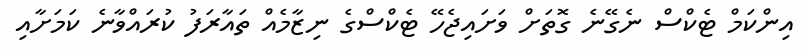
އިންކަމް ޓެކްސް ނެގޭނެ ގޮތަށް ވަށައިޖެހޭ ޓެކްސްގެ ނިޒާމެއް ތައާރަފު ކުރައްވާނެ ކަމަށާއި